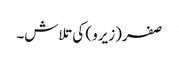
صفر (زیرو) کی تلاش۔